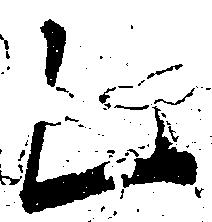
乙